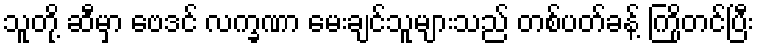
သူတို့ ဆီမှာ ဗေဒင် လက္ခဏာ မေးချင်သူများသည် တစ်ပတ်ခန့် ကြိုတင်ပြီး